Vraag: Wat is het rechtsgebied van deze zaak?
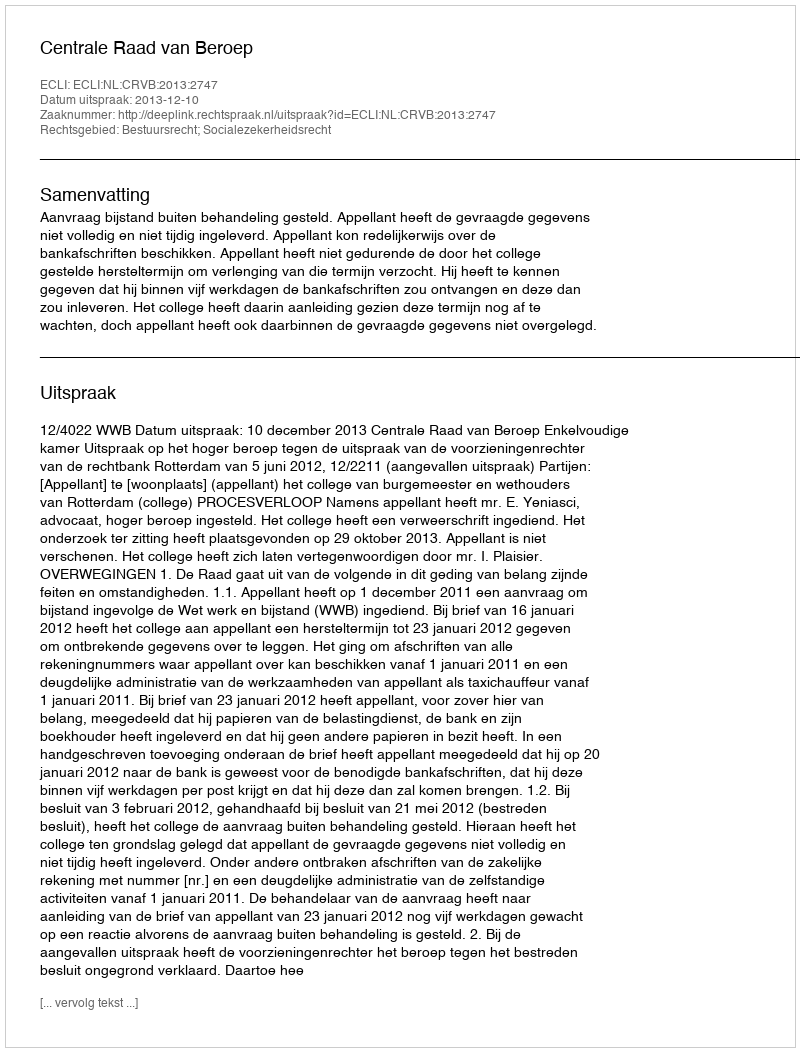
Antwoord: Bestuursrecht; Socialezekerheidsrecht